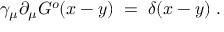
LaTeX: \gamma _ { \mu } \partial _ { \mu } G ^ { o } ( x - y ) \; = \; \delta ( x - y ) \; .